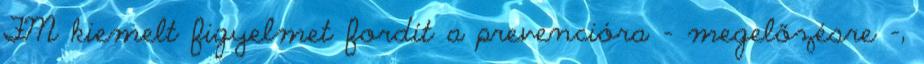
FM kiemelt figyelmet fordít a prevencióra - megelőzésre -,